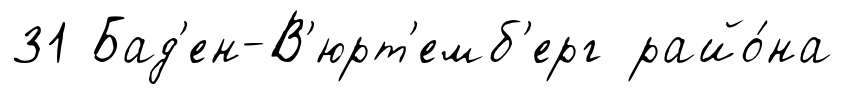
31 Бад'ен-В'юрт'емб'ерг райо́на